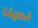
لدينا